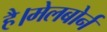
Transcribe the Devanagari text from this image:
है।मेलबोर्न